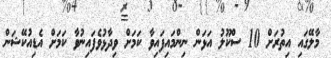
މާލޭގައި އިތުރަށް 10 ސްކޫލު އަޅަން ނިންމައިފައިވާ ކަމަށް ވިދާޅުވެފައިނުވާ ކަމަށް އެޑިއުކޭޝަން